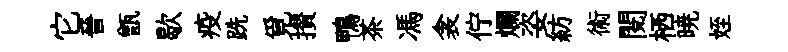
它晉甑歇疫跣覓攅鴨茶馮衾佇爛姿紡術閱栖暁姪